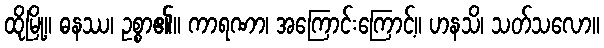
ထိုမြို့။ ဓနဿ၊ ဥစ္စာ၏။ ကာရဏာ၊ အကြောင်းကြောင့်။ ဟနသိ၊ သတ်သလော။